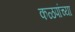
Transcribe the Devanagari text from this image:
कळपांच्या